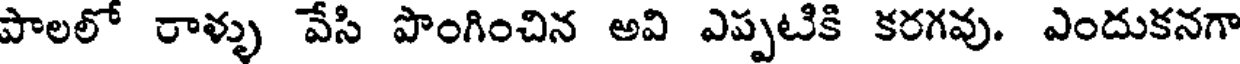
పాలలో రాళ్ళు వేసి పొంగించిన అవి ఎప్పటికి కరగవు. ఎందుకనగా